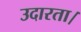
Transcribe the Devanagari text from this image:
उदारता।